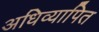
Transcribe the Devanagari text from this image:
अधिव्यापित